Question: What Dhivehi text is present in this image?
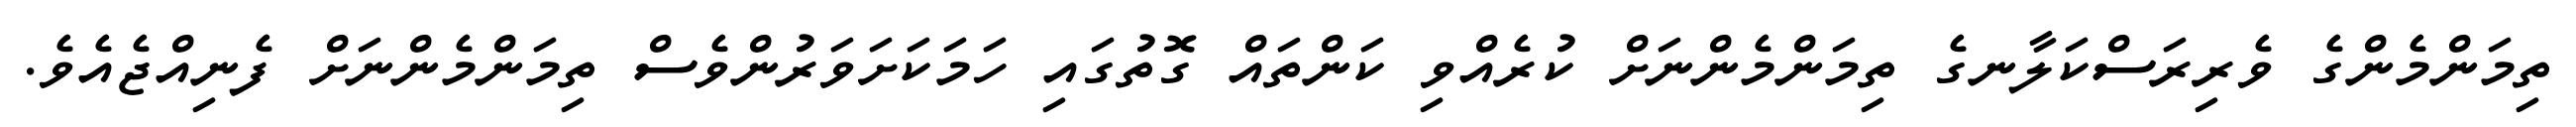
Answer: ތިމަންމެންގެ ވެރިރަސްކަލާނގެ ތިމަންމެންނަށް ކުރެއްވި ކަންތައް ގޮތުގައި ހަމަކަށަވަރުންވެސް ތިމަންމެންނަށް ފެނިއްޖެއެވެ.